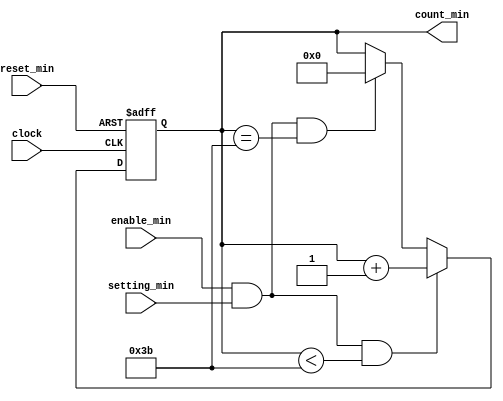
`timescale 1ns / 1ps
//////////////////////////////////////////////////////////////////////////////////
// Company: 
// Engineer: 
// 
// Design Name: 
// Module Name:    alarm_min 
// Project Name: 
// Target Devices: 
// Tool versions: 
// Description: 
//
// Dependencies: 
//
// Revision: 
// Revision 0.01 - File Created
// Additional Comments: 
//
//////////////////////////////////////////////////////////////////////////////////
module alarm_min(setting_min, count_min, enable_min, reset_min, clock);
 
    input enable_min, reset_min, clock;
	 input setting_min;
    //input [5:0] data_sec;
    output [5:0]count_min;
    reg [5:0] count_min;
	 //output [5:0]count_sec1;
	 //reg [5:0] count_sec1;
	 //output carry_sec;
    //reg  carry_sec;
	 //output carry_sec1;
    //reg  carry_sec1;
	 
     always @ (posedge clock or posedge reset_min )
         begin
		     if (reset_min)begin
		         count_min<=6'b000000;
					//carry_sec<=2'b0;
					end				
		     else if (enable_min && setting_min && count_min<59 ) begin
			      count_min<=count_min+1;	
					end
			  else if (enable_min && setting_min && count_min==59 ) begin
			      count_min<=6'b000000;	
					end	
			end		
endmodule